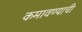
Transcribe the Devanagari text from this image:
कमावण्याची